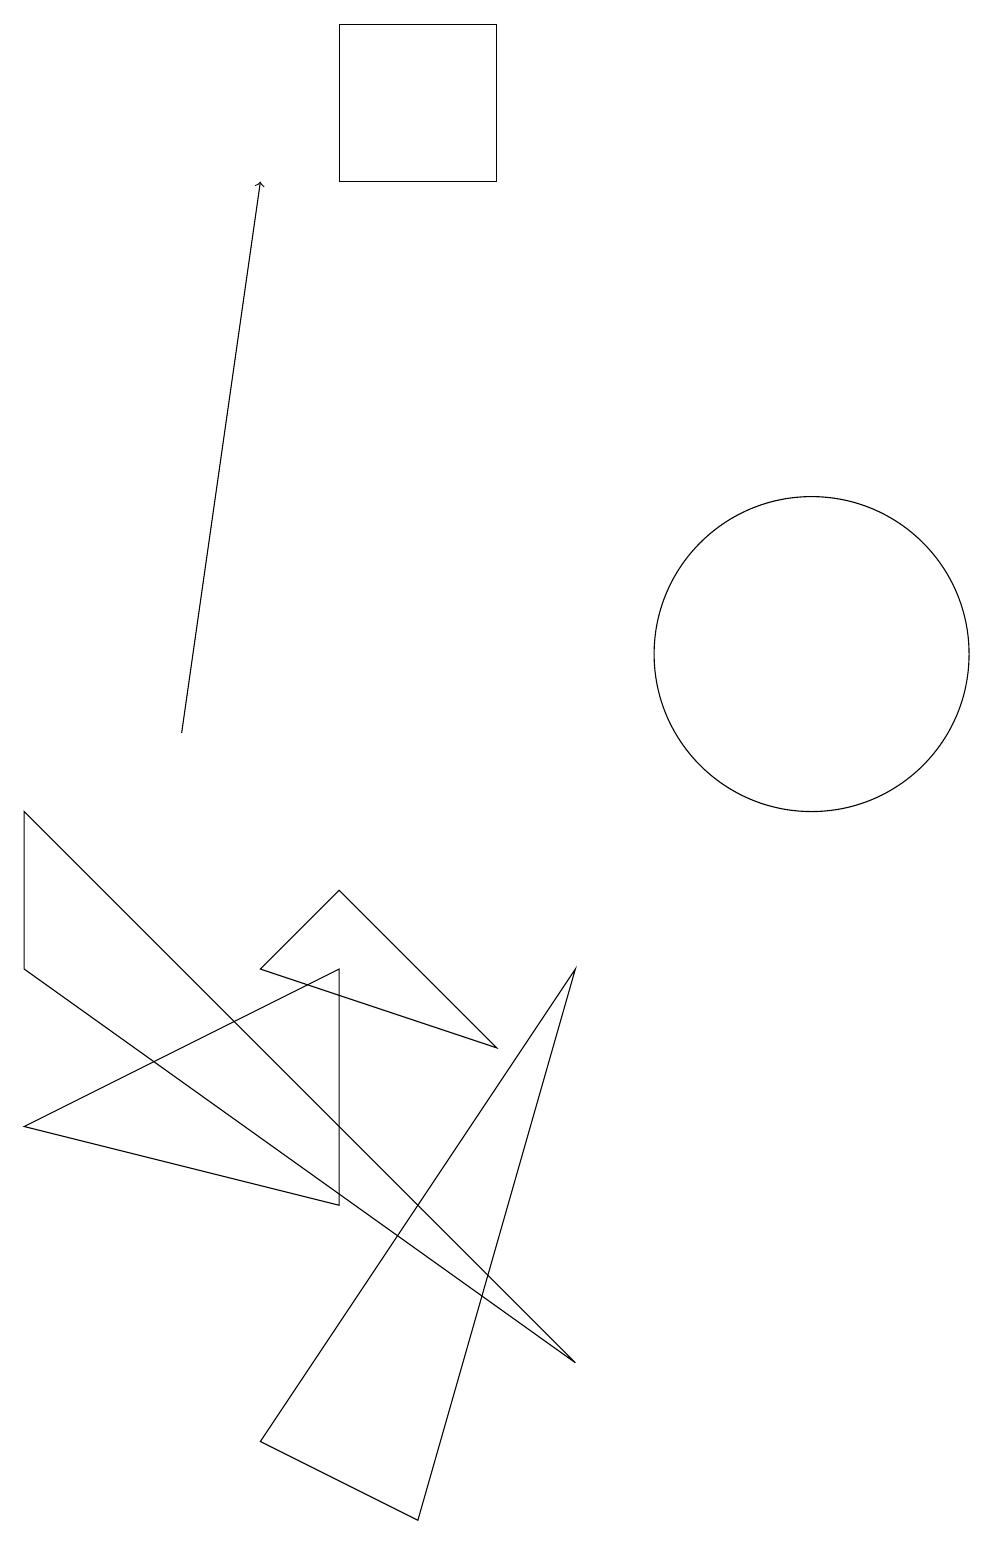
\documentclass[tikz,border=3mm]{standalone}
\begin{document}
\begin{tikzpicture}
\draw (8,6) -- (6,8) -- (5,7) -- cycle;
\draw (9,7) -- (5,1) -- (7,0) -- cycle;
\draw (12,12) circle (0);
\draw (9,2) -- (2,7) -- (2,9) -- cycle;
\draw (6,19) rectangle (8,17);
\draw (12,11) circle (2);
\draw[->] (4,10) -- (5,17);
\draw (2,5) -- (6,7) -- (6,4) -- cycle;
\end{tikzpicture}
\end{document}